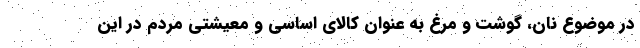
در موضوع نان، گوشت و مرغ به عنوان کالای اساسی و معیشتی مردم در این